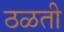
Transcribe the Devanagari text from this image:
ठळती